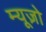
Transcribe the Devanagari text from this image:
म्यूज़ो